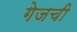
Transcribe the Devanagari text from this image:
गेजची